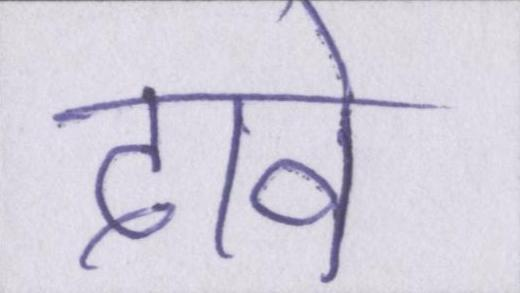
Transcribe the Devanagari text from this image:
दावे